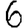
Digit: 6